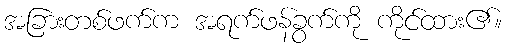
အခြားတစ်ဖက်က အရက်ဖန်ခွက်ကို ကိုင်ထား၏။